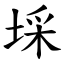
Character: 埰